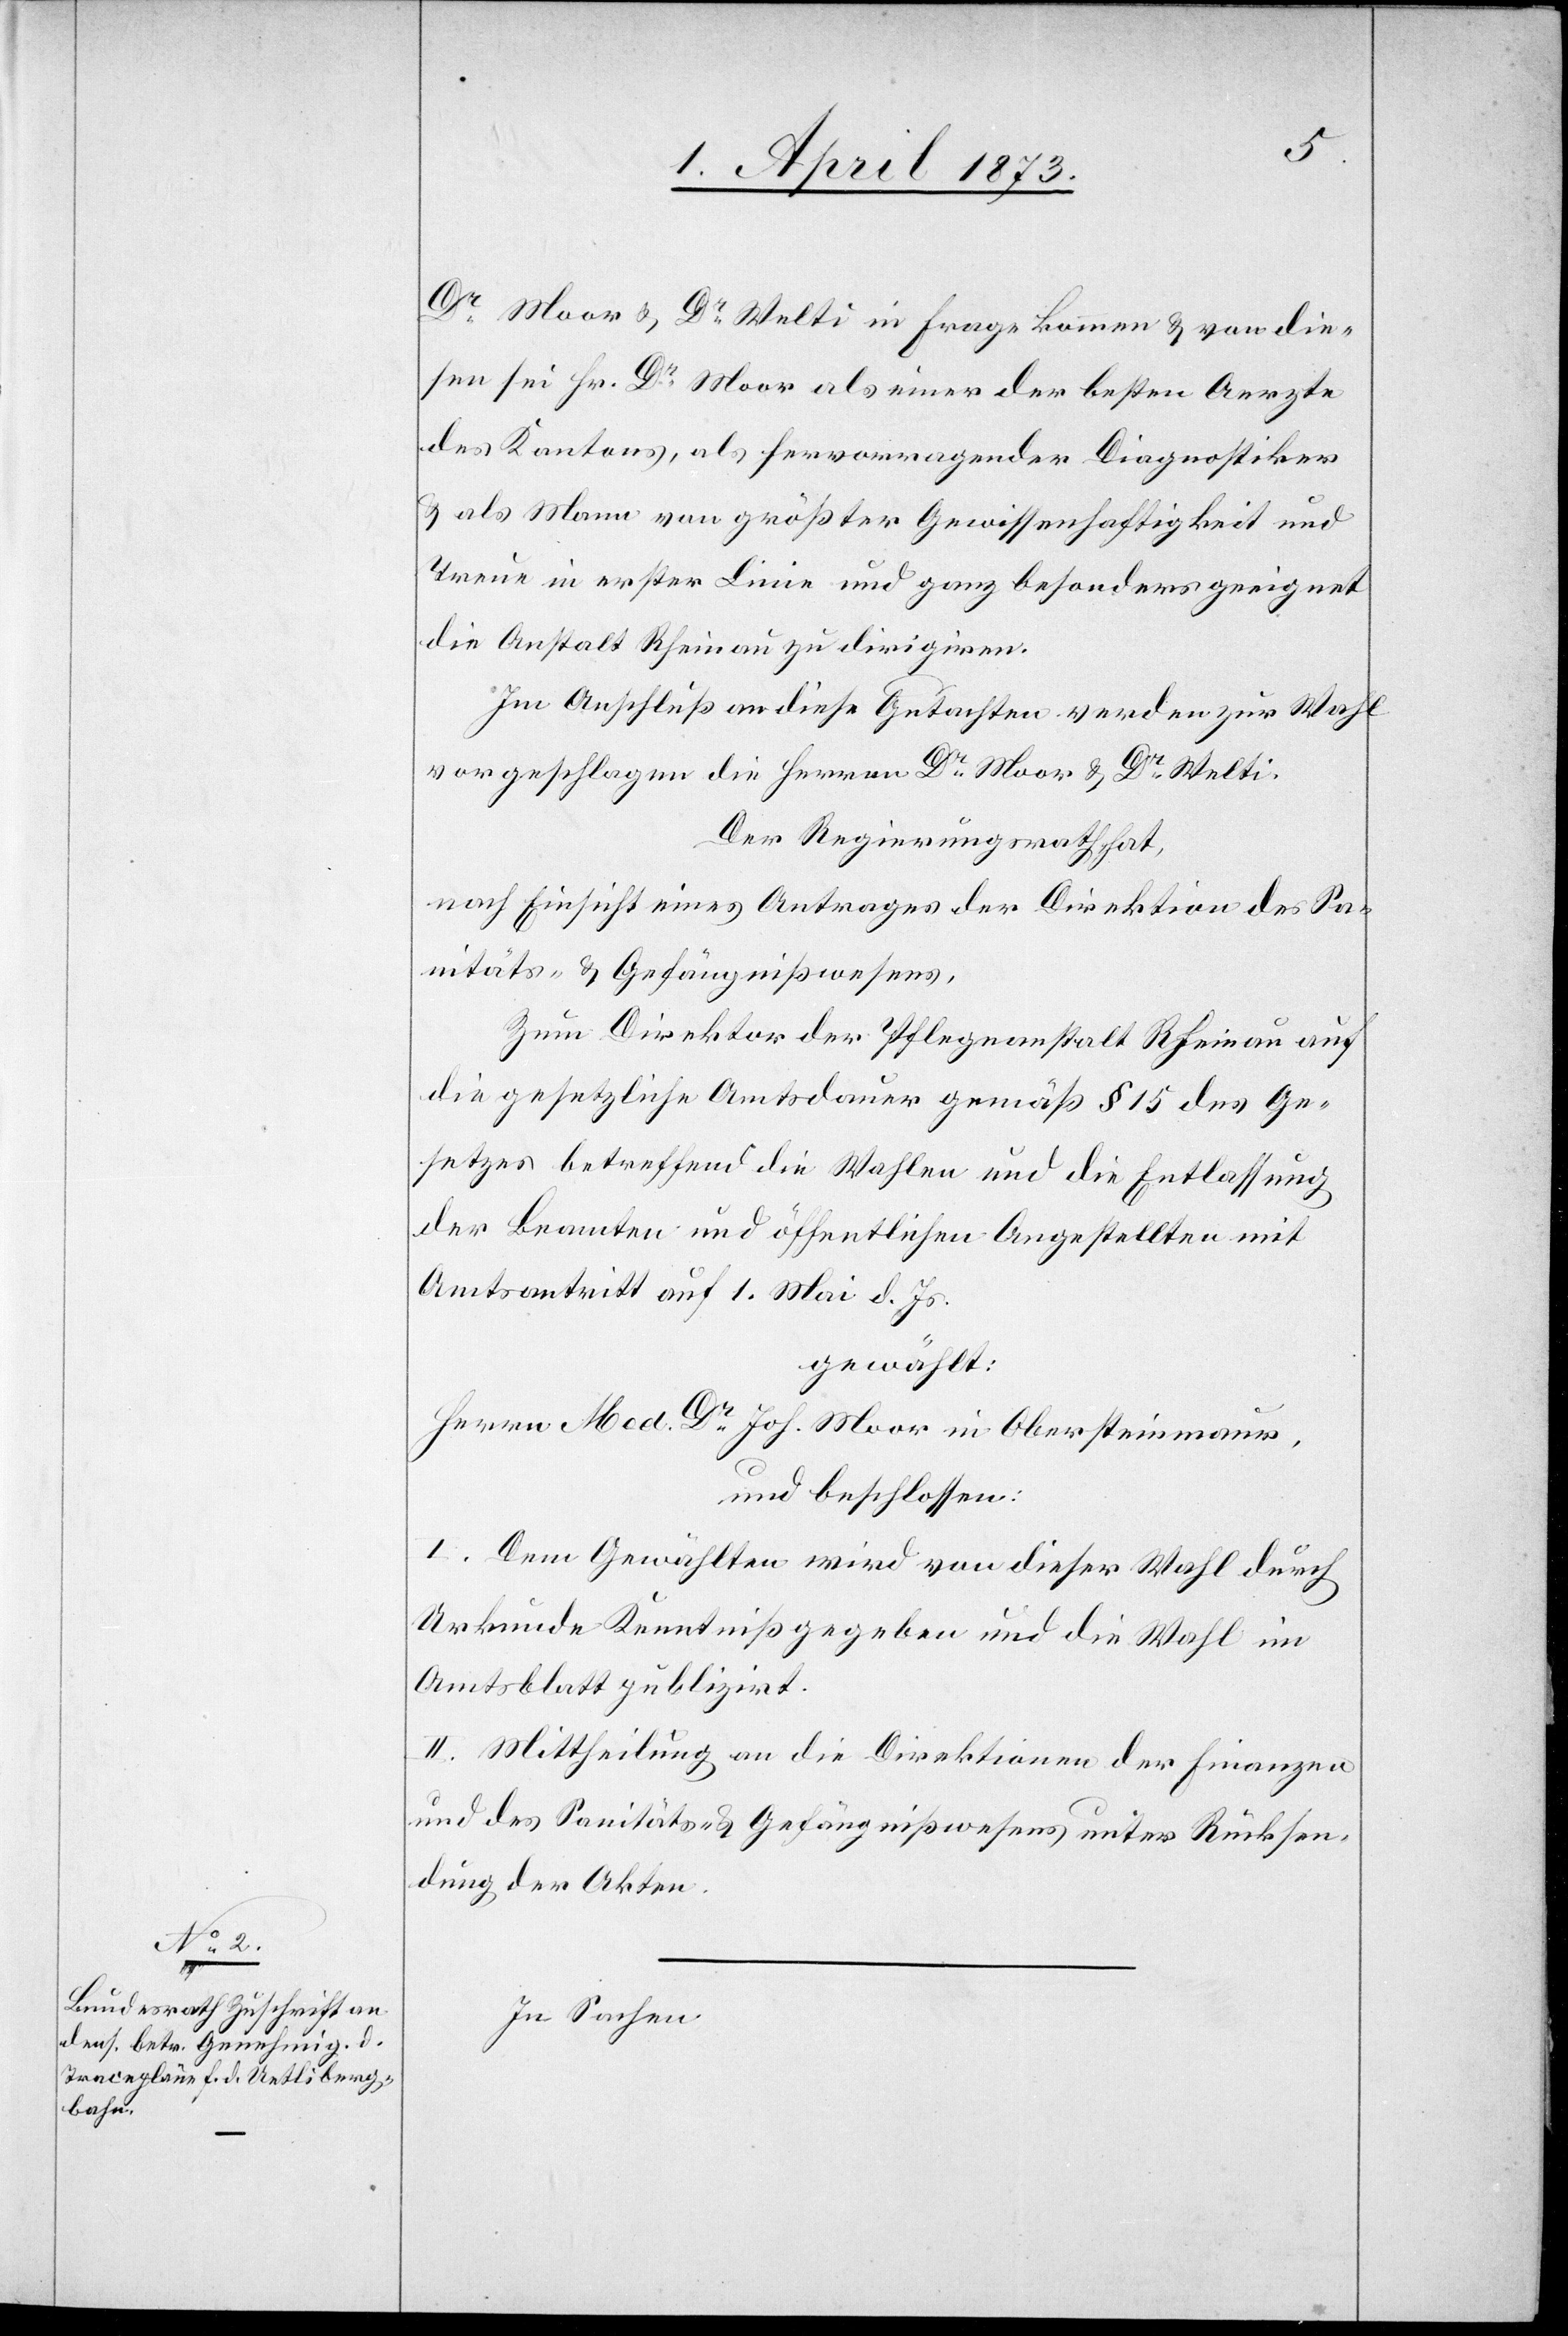
Dr Moor u. Dr Welti in Frage kommen u. von die¬
sen sei Hr. Dr Moor als einer der besten Aerzte
des Kantons, als hervorragender Diagnostiker
u. als Mann von größter Gewissenhaftigkeit und
Treue in erster Linie und ganz besonders geeignet
die Anstalt Rheinau zu dirigiren.
Im Anschluß an diese Gutachten werden zur Wahl
vorgeschlagen die Herren Dr Moor u. Dr Welti.
Der Regierungsrath hat,
nach Einsicht eines Antrages der Direktion des Sa¬
nitäts- u. Gefängnißwesens,
Zum Direktor der Pflegeanstalt Rheinau auf
die gesetzliche Amtsdauer gemäß § 15 des Ge¬
setzes betreffend die Wahlen und die Entlassung
der Beamten und öffentlichen Angestellten mit
Amtsantritt auf 1. Mai d. Js.
gewählt:
Herren Med. Dr Joh. Moor in Obersteinmaur,
und beschlossen:
I. Dem Gewählten wird von dieser Wahl durch
Urkunde Kenntniß gegeben und die Wahl im
Amtsblatt publizirt.
II. Mittheilung an die Direktionen der Finanzen
und des Santitäts- u. Gefängnißwesens unter Rücksen¬
dung der Akten.
In Sachen